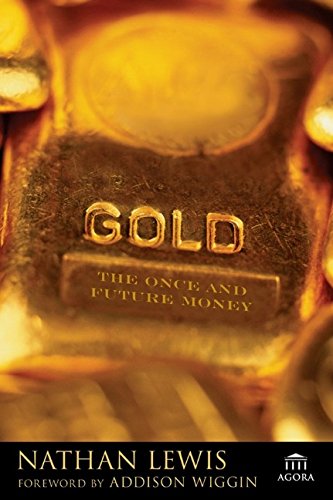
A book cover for Gold: The Once and Future Money; Nathan Lewis; Business & Money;